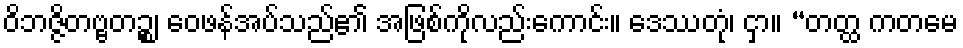
ဝိဘဇ္ဇိတဗ္ဗတဉ္စ၊ ဝေဖန်အပ်သည်၏ အဖြစ်ကိုလည်းကောင်း။ ဒေဿတုံ၊ ငှာ။ “တတ္ထ ကတမေ